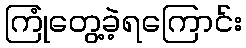
ကြုံတွေ့ခဲ့ရကြောင်း